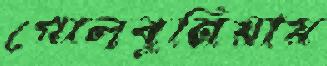
গোলবুনিয়ায়